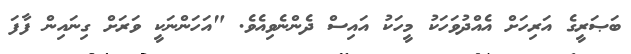
ބަޞަރީގެ އަރިހަށް އެއްދުވަހަކު މީހަކު އައިސް ދެންނެވިއެވެ. "އަހަންނަކީ ވަރަށް ގިނައިން ފާފަ